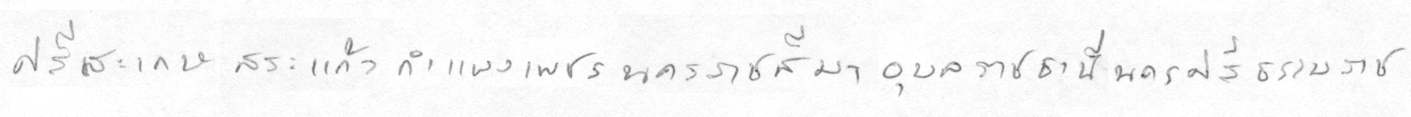
ศรีสะเกษสระแก้วกำแพงเพชรนครราชสีมาอุลราชธานีนครศรีธรรมราช